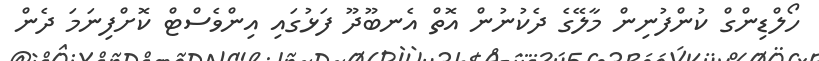
ހޯލްޑިންގް ކުންފުނިން މާލޭގެ ދެކުނުން އޮތް އެނބޫދޫ ފަޅުގައި އިންވެސްޓް ކޮށްފިނަމަ ދެން